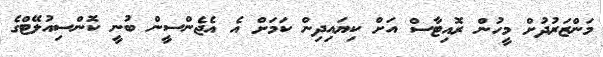
މަންޒަރުދުށް މީހުން ރޮއިޓާސް އަށް ކިޔައިދިން ކަމަށް އެ އެޖެންސީން ބުނީ ކޮންސިއުލޭޓްގެ